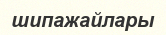
шипажайлары